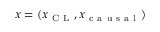
x = ( x _ { \mathrm { ~ C ~ L ~ } } , x _ { \mathrm { ~ c ~ a ~ u ~ s ~ a ~ l ~ } } )